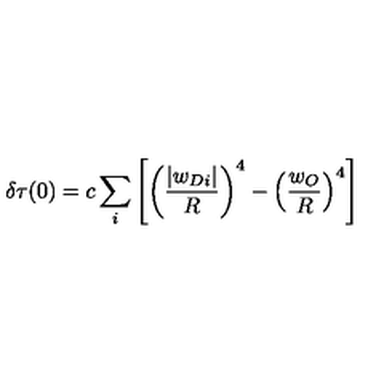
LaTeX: \delta \tau ( 0 ) = c \sum _ { i } \left[ \left( \frac { | w _ { D i } | } { R } \right) ^ { 4 } - \left( \frac { w _ { O } } { R } \right) ^ { 4 } \right]